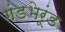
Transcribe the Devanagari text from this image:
गंडभेरूंड